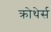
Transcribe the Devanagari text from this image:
क्रोथेर्स